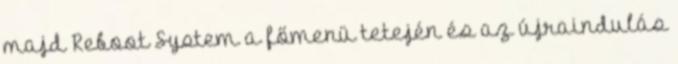
majd Reboot System a főmenü tetején és az újraindulás